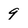
Character: 9